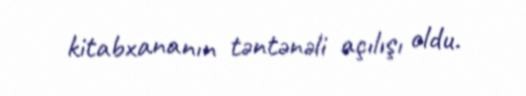
kitabxananın təntənəli açılışı oldu.